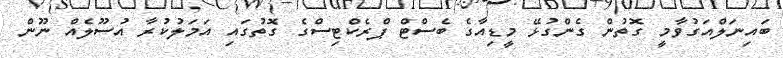
ބައިނަލްއަގުވާމީ ގޮތުން ގެންގުޅޭ މީޑިއާގެ ބެސްޓް ޕްރެކްޓިސްގެ ގޮތުގައި އަމަލުކުރާ އުސޫލެއް ނޫން